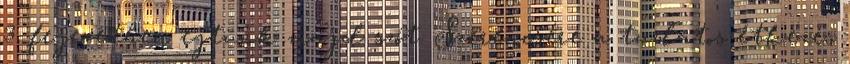
3. fejezetben ejtünk majd szót. Szerencsére a tudatos étkezés